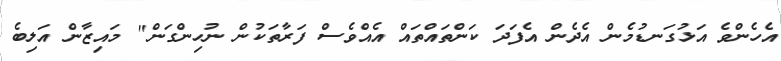
އެހެންވެ އަޅުގަނޑުމެން އެދެން އެފަދަ ކަންތައްތައް އެއްވެސް ފަރާތަކުން ނުހިންގަން" މައިޒާން އަލިބެ